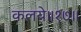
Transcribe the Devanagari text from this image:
कलये॥१७॥